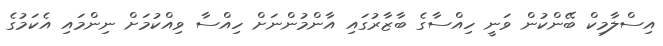
އިސްލާމިކް ބޭންކުން ވަނީ ހިއްސާގެ ބާޒާރުގައި އާންމުންނަށް ހިއްސާ ވިއްކުމަށް ނިންމައި އެކަމުގެ